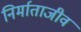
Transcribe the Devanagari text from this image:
निर्माताजीव